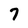
Character: 7